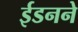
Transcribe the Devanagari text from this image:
ईडनने